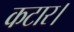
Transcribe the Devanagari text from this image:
कटार।